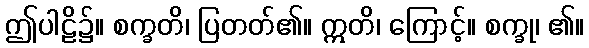
ဤပါဠိ၌။ စက္ခတိ၊ ပြတတ်၏။ ဣတိ၊ ကြောင့်။ စက္ခု၊ ၏။